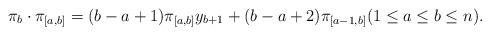
LaTeX: \begin{align*}\pi_b \cdot \pi_{[a,b]}= (b-a+1) \pi_{[a,b]} y_{b+1} + (b-a+2) \pi_{[a-1,b]}(1\le a\le b\le n).\end{align*}